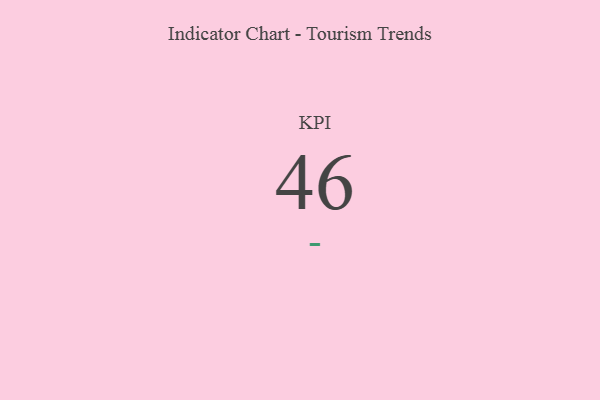
{"axis": {"x": "KPI", "y": "Value"}, "legend": [""], "data": [{"x": "KPI", "y": 46, "type": ""}]}